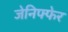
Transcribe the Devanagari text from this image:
जेनिफ्फेर